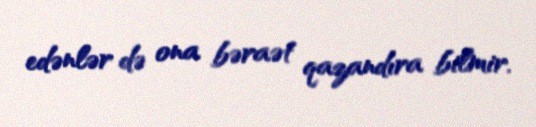
edənlər də ona bəraət qazandıra bilmir.